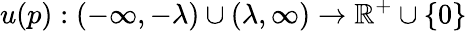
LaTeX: u(p):(-\infty,-\lambda)\cup(\lambda,\infty)\rightarrow\mathbb{R}^{+}\cup\{ 0\}